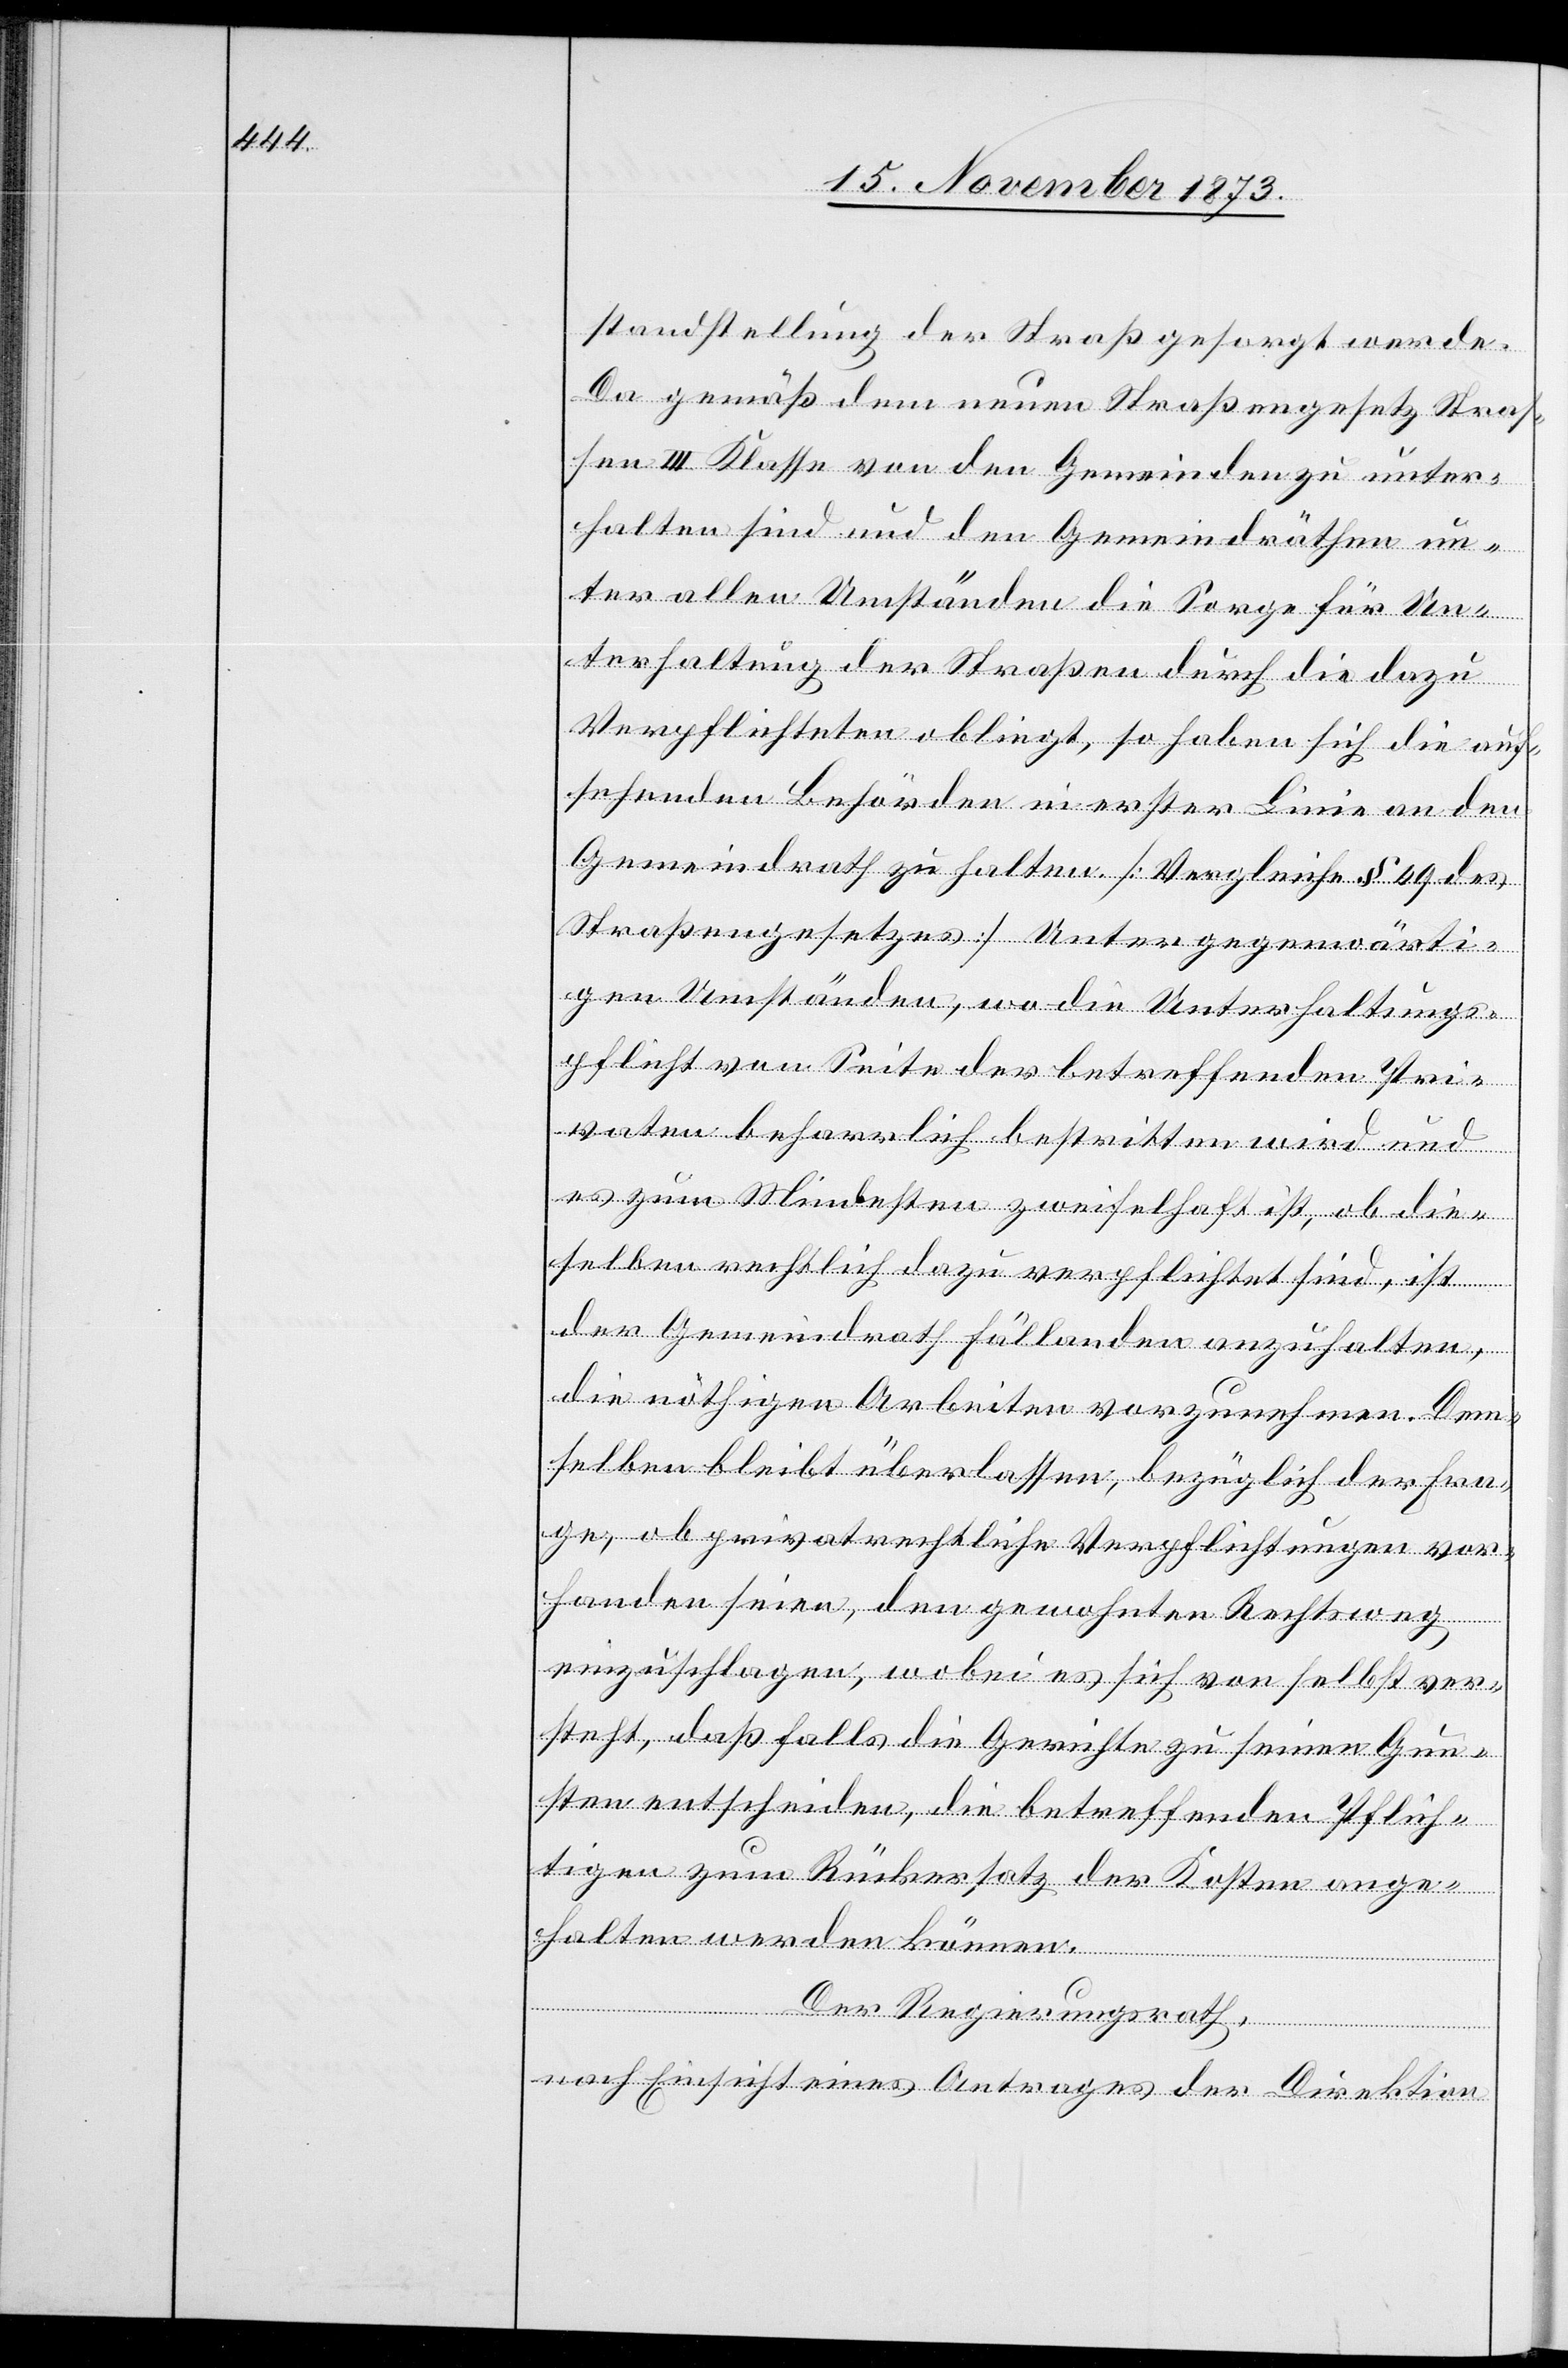
standstellung der Straß [sic!] gesorgt werde.
Da gemäß dem neuen Straßengesetz Straß¬
en III. Klasse von den Gemeinden zu unter¬
halten sind und den Gemeindräthen un¬
ter allen Umständen die Sorge für Un¬
terhaltung der Straßen durch die dazu
Verpflichteten obliegt, so haben sich die auf¬
sehenden Behörden in erster Linie an den
Gemeindrath zu halten. [Vergleiche § 49 des
Straßengesetzes] Unter gegenwärti¬
gen Umständen, wo die Unterhaltungs¬
pflicht von Seite der betreffenden Pri¬
vaten beharrlich bestritten wird und
es zum Mindesten zweifelhaft ist, ob die¬
selben rechtlich dazu verpflichtet sind, ist
der Gemeindrath Fällanden anzuhalten,
die nöthigen Arbeiten vorzunehmen. Dem¬
selben bleibt überlassen, bezüglich der Fra¬
ge, ob privatrechtliche Verpflichtungen vor¬
handen seien, den gewohnten Rechtsweg
einzuschlagen, wobei es sich von selbst ver¬
steht, daß falls die Gerichte zu seinen Gun¬
sten entscheiden, die betreffenden Pflich¬
tigen zum Rückersatz der Kosten ange¬
halten werden können.
Der Regierungsrath,
nach Einsicht eines Antrages der Direktion